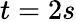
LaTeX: t=2s